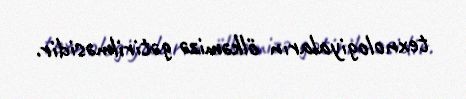
texnologiyaların ölkəmizə gətirilməsidir.